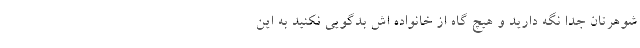
شوهرتان جدا نگه دارید و هیچ گاه از خانواده اش بدگویی نکنید به این